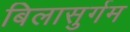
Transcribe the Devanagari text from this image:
बिलासुर्गम